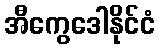
အီကွေဒေါနိုင်ငံ